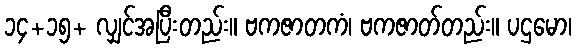
၁၄+၁၅+ လျှင်အပြီးတည်း။ ဗကဇာတကံ၊ ဗကဇာတ်တည်း။ ပဌမော၊